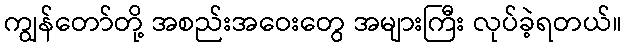
ကျွန်တော်တို့ အစည်းအဝေးတွေ အများကြီး လုပ်ခဲ့ရတယ်။